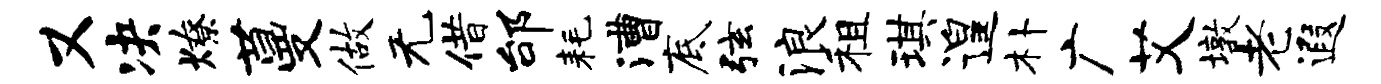
又决燎蔓做无借邰耗漕底弦浪租琪遑朴广艾墩老遐